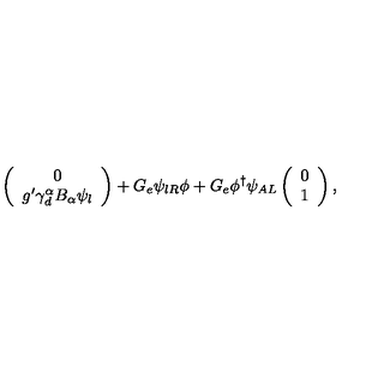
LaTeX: \left( \begin{array} { c } { 0 } \\ { g ^ { \prime } \gamma _ { d } ^ { \alpha } B _ { \alpha } \psi _ { l } } \\ \end{array} \right) + G _ { e } \psi _ { l R } \phi + G _ { e } \phi ^ { \dagger } \psi _ { A L } \left( \begin{array} { c } { 0 } \\ { 1 } \\ \end{array} \right) ,